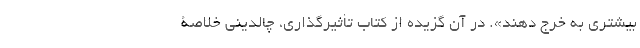
بیشتری به خرج دهند». در آن گزیده از کتاب تأثیرگذاری، چالدینی خلاصۀ